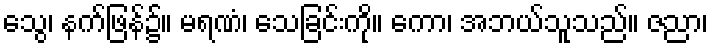
သွေ၊ နက်ဖြန်၌။ မရဏံ၊ သေခြင်းကို။ ကော၊ အဘယ်သူသည်။ ဇညာ၊